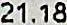
21.18